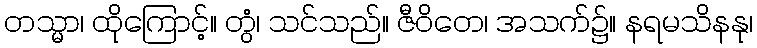
တသ္မာ၊ ထိုကြောင့်။ တွံ၊ သင်သည်။ ဇီဝိတေ၊ အသက်၌။ နရမသိနနု၊